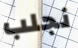
نجلب